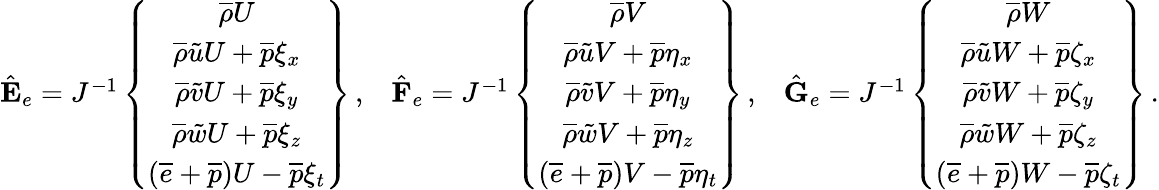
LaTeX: \begin{array}{rlr}{\hat{\mathbf{E}}_{e}=J^{-1}\left\{ \begin{array}{c}{\overline{{\rho}}U}\\ {\overline{{\rho}}\tilde{u}U+\overline{{p}}\xi_{x}}\\ {\overline{{\rho}}\tilde{v}U+\overline{{p}}\xi_{y}}\\ {\overline{{\rho}}\tilde{w}U+\overline{{p}}\xi_{z}}\\ {\left(\overline{{e}}+\overline{{p}}\right)U-\overline{{p}}\xi_{t}}\end{array}\right\} \, \mathrm{,}}&{\hat{\mathbf{F}}_{e}=J^{-1}\left\{ \begin{array}{c}{\overline{{\rho}}V}\\ {\overline{{\rho}}\tilde{u}V+\overline{{p}}\eta_{x}}\\ {\overline{{\rho}}\tilde{v}V+\overline{{p}}\eta_{y}}\\ {\overline{{\rho}}\tilde{w}V+\overline{{p}}\eta_{z}}\\ {\left(\overline{{e}}+\overline{{p}}\right)V-\overline{{p}}\eta_{t}}\end{array}\right\} \, \mathrm{,}}&{\hat{\mathbf{G}}_{e}=J^{-1}\left\{ \begin{array}{c}{\overline{{\rho}}W}\\ {\overline{{\rho}}\tilde{u}W+\overline{{p}}\zeta_{x}}\\ {\overline{{\rho}}\tilde{v}W+\overline{{p}}\zeta_{y}}\\ {\overline{{\rho}}\tilde{w}W+\overline{{p}}\zeta_{z}}\\ {\left(\overline{{e}}+\overline{{p}}\right)W-\overline{{p}}\zeta_{t}}\end{array}\right\} \, \mathrm{.}}\end{array}